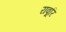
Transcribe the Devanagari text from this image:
रावूरि